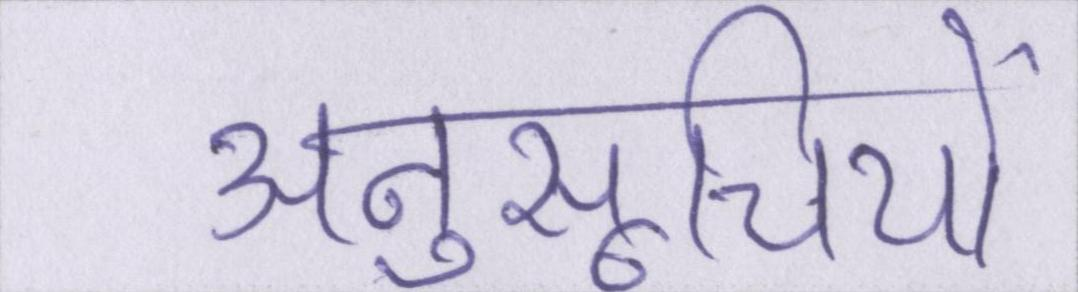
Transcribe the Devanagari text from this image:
अनुसूचियों